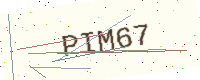
Text: PIM67